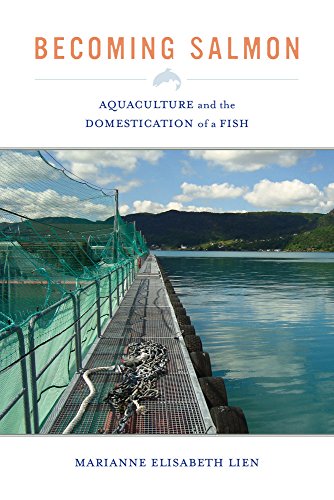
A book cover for Becoming Salmon: Aquaculture and the Domestication of a Fish (California Studies in Food and Culture); Marianne Elisabeth Lien; Crafts, Hobbies & Home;